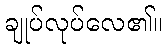
ချုပ်လုပ်လေ၏။